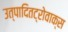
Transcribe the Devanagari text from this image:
उत्पादितट्रोवाक्स